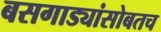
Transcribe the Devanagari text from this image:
बसगाड्यांसोबतच